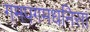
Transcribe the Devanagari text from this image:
गमपगमधनिसां